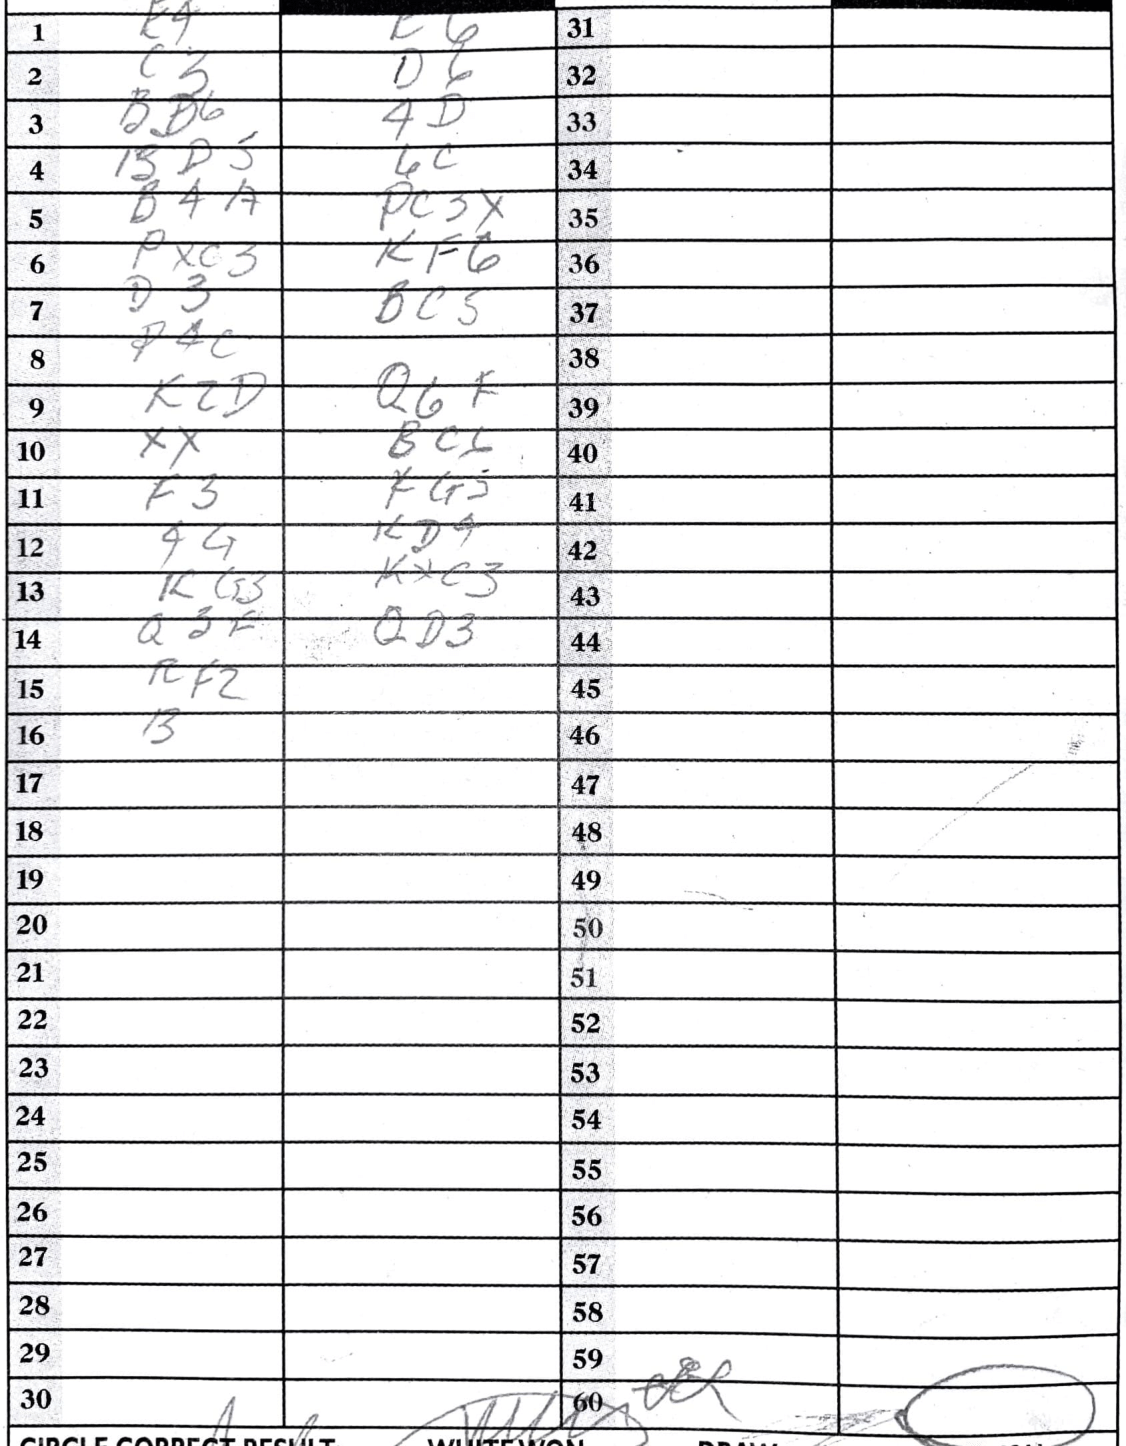
Moves: c4 c6 c3 d6 Bd6 4d Bd5 6c B4a Pc3x Pxc3 Kf6 d3 Bc5 P4c Q6f xx Bc6 f3 Kg5 44 Kd4 Kg3 Kxc3 Q2f Qd3 Rf2